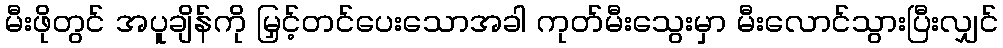
မီးဖိုတွင် အပူချိန်ကို မြှင့်တင်ပေးသောအခါ ကုတ်မီးသွေးမှာ မီးလောင်သွားပြီးလျှင်